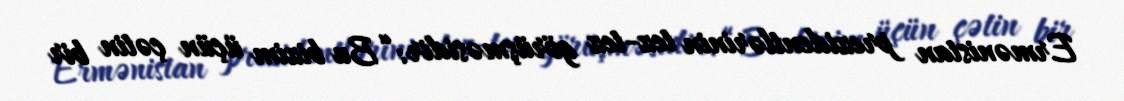
Ermənistan prezidentlərinin tez-tez görüşməsidir: “Bu bizim üçün çətin bir